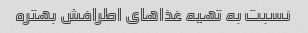
نسبت به تهیه غذا‌های اطرافش بهتره